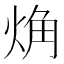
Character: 𧣌